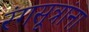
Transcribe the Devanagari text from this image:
रंगसूत्रांना